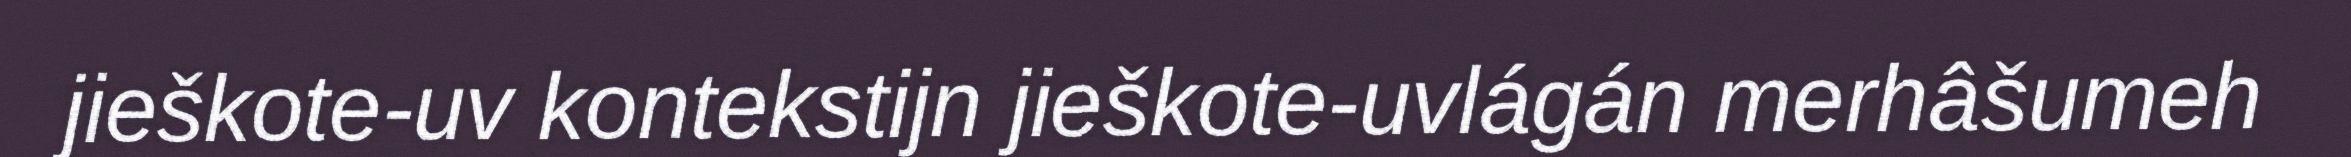
jieškote-uv kontekstijn jieškote-uvlágán merhâšumeh